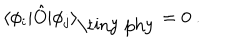
\langle \phi _ { i } | \hat { O } | \phi _ { j } \rangle _ { \mathrm { \tiny ~ p h y } } = 0 \ .